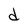
Character: d